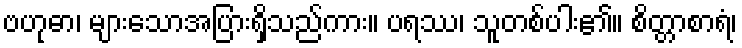
ဗဟုဓာ၊ များသောအပြားရှိသည်ကား။ ပရဿ၊ သူတစ်ပါး၏။ စိတ္တာစာရံ၊